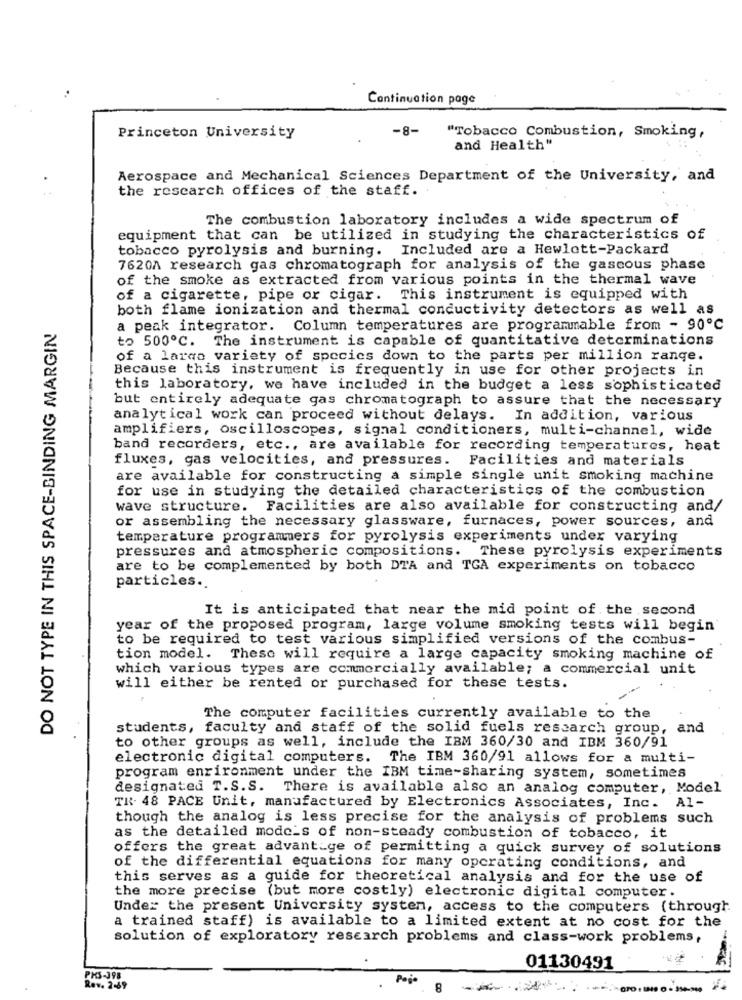
Continuation page
-8-
Princeton University
"Tobacco Combustion, Smoking,
and Health"
Aerospace and Mechanical Sciences Department of the University, and
the research offices of the staff.
The combustion laboratory includes a wide spectrum of
equipment that can be utilized in studying the characteristics of
tobacco pyrolysis and burning. Included are a Hewlett-Packard
7620A research gas chromatograph for analysis of the gascous phase
of the smoke as extracted from various points in the thermal wave
of a cigarette, pipe or cigar. This instrument is equipped with
both flame ionization and thermal conductivity detectors as well as
DO NOT TYPE IN THIS SPACE-BINDING MARGIN
a peak integrator. Column temperatures are programmable from - 90℃
to 500℃. The instrument is capable of quantitative determinations
of a largo variety of species down to the parts per million range.
Because this instrument is frequently in use for other projects in
this laboratory, we have included in the budget a less sophisticated
but entirely adequate gas chromatograph to assure that the necessary
analytical work can proceed without delays. In addition, various
amplifiers, oscilloscopes, signal conditioners, multi-channel, wide
band recorders, etc ., are available for recording temperatures, heat
fluxes, gas velocities, and pressures. Facilities and materials
are available for constructing a simple single unit smoking machine
for use in studying the detailed characteristics of the combustion
wave structure.
Facilities are also available for constructing and/
or assembling the necessary glassware, furnaces, power sources, and
temperature programmers for pyrolysis experiments under varying
pressures and atmospheric compositions. These pyrolysis experiments
are to be complemented by both DTA and TGA experiments on tobacco
particles ..
It is anticipated that near the mid point of the second
year of the proposed program, large volume smoking tests will begin
to be required to test various simplified versions of the combus-
tion model. These will require a large capacity smoking machine of
which various types are commercially available; a commercial unit
will either be rented or purchased for these tests.
The computer facilities currently available to the
students, faculty and staff of the solid fuels research group, and
to other groups as well, include the IBM 360/30 and IBM 360/91
electronic digital computers. The IBM 360/91 allows for a multi-
program enrironment under the IBM time-sharing system, sometimes
designated T.S.S. There is available also an analog computer, Model
TR. 48 PACE Unit, manufactured by Electronics Associates, Inc. Al-
though the analog is less precise for the analysis of problems such
as the detailed mode's of non-steady combustion of tobacco, it
offers the great advantage of permitting a quick survey of solutions
of the differential equations for many operating conditions, and
this serves as a guide for theoretical analysis and for the use of
the more precise (but more costly) electronic digital computer.
Under the present University system, access to the computers (through
a trained staff) is available to a limited extent at no cost for the
solution of exploratory research problems and class-work problems,
01130491
PKS-398
Poje
8
Rev. 2-69